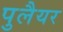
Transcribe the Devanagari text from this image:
पुलैयर